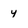
Character: 4